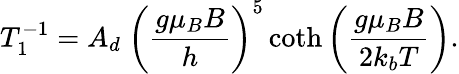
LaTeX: T_{1}^{-1}=A_{d}~{\bigg(\frac{g\mu_{B}B}{h}\bigg)}^{5}\coth\bigg(\frac{g\mu_{B}B}{2k_{b}T}\bigg).